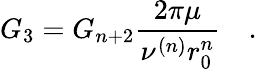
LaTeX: G_{3}=G_{n+2}\frac{2\pi\mu}{\nu^{(n)}r_{0}^{n}}\quad.